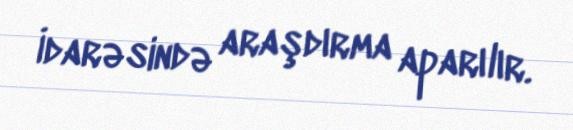
İdarəsində araşdırma aparılır.